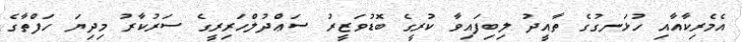
އެމެރިކާއާއި ހުޅަނގުގެ ތާއީދު ލިބިފައިވާ ކުރީގެ ބޮޑުވަޒީރު ސަޢްދުލްހަރިރީގެ ސަރުކާރު މިދިޔަ ހަފްތާގެ